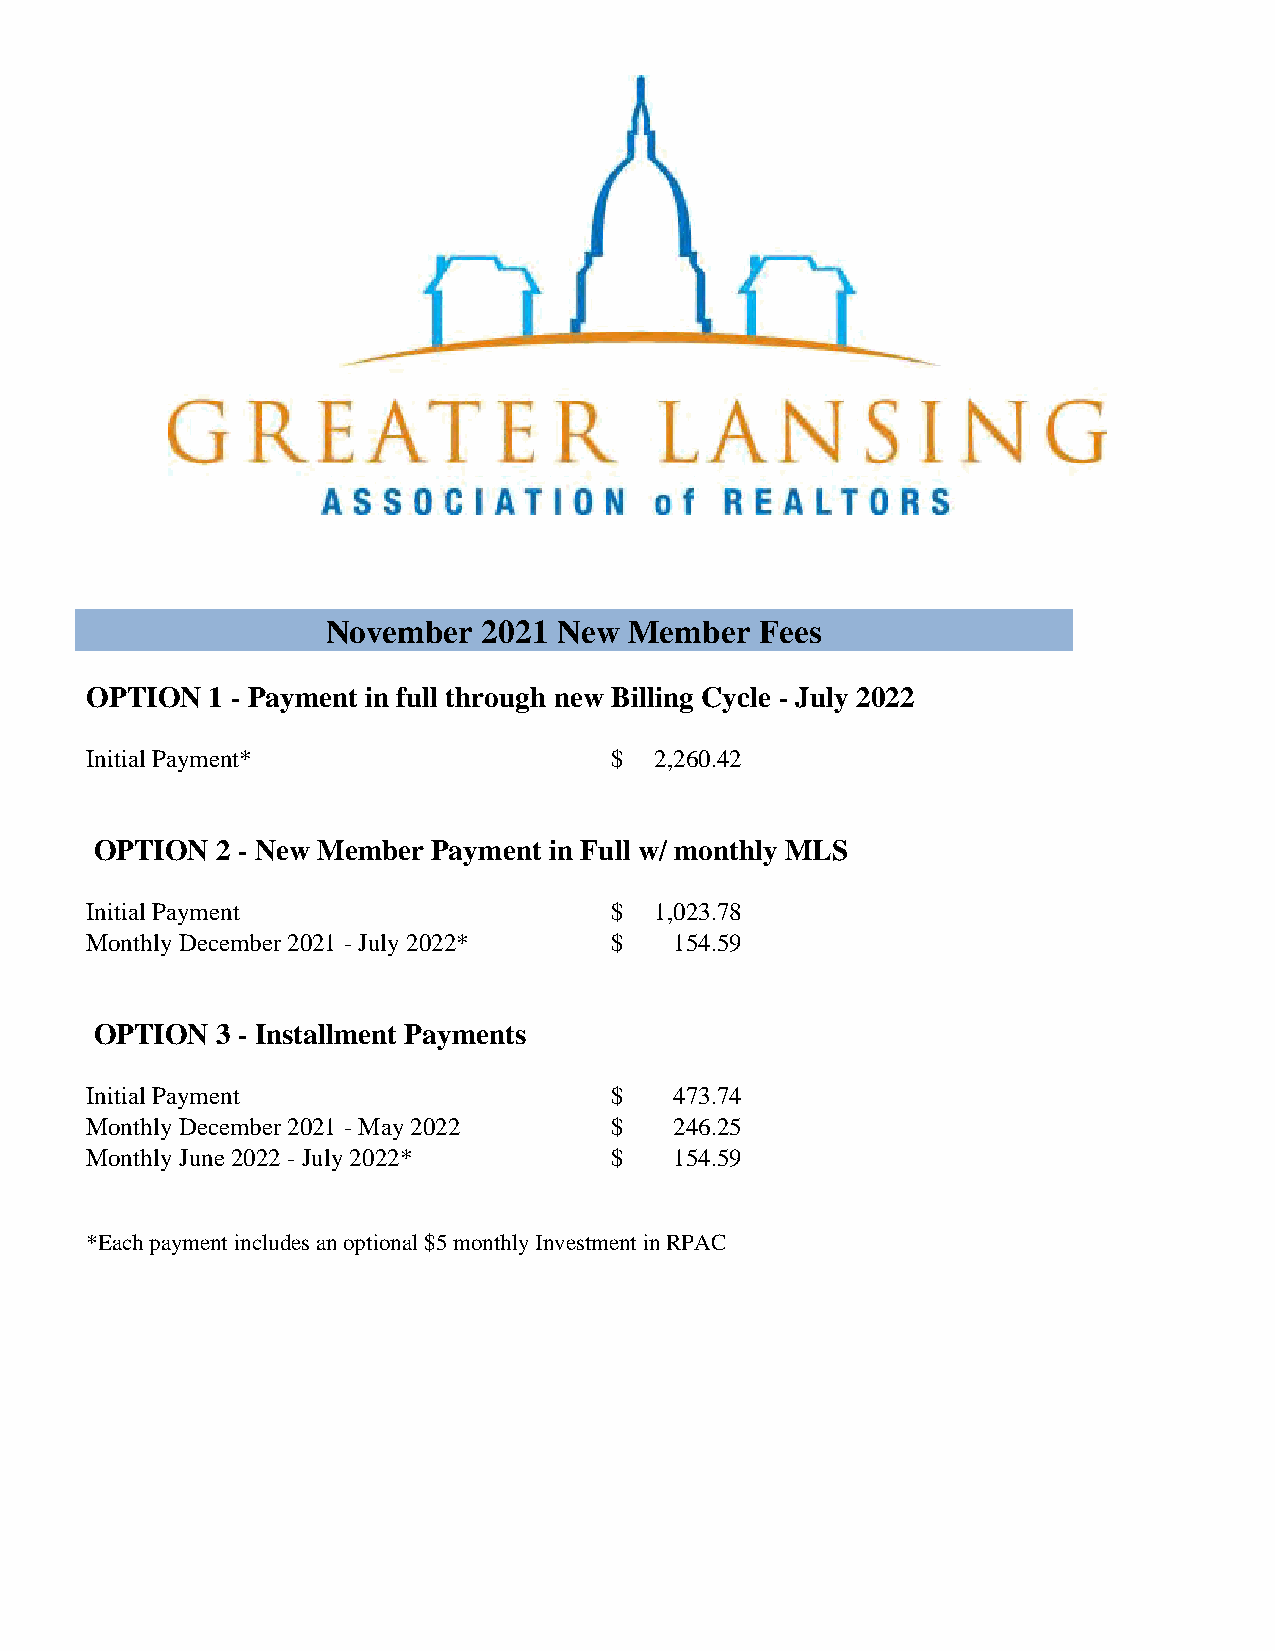
November  2021 New  Member  Fees
 OPTION  1 - Payment in full through new Billing Cycle - July 2022
 Initial Payment*                  $  2,260.42
 OPTION  2 - New Member Payment in Full w/ monthly MLS
 Initial Payment                   $  1,023.78
 Monthly December 2021 - July 2022* $   154.59
 OPTION  3 - Installment Payments
 Initial Payment                   $    473.74
 Monthly December 2021 - May 2022  $    246.25
 Monthly June 2022 - July 2022*    $    154.59
 *Each payment includes an optional $5 monthly Investment in RPAC